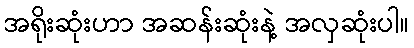
အရိုးဆုံးဟာ အဆန်းဆုံးနဲ့ အလှဆုံးပါ။